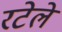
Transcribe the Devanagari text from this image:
रटेले